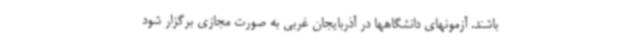
باشند. آزمونهای دانشگاهها در آذربایجان غربی به صورت مجازی برگزار شود